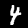
Digit: 4